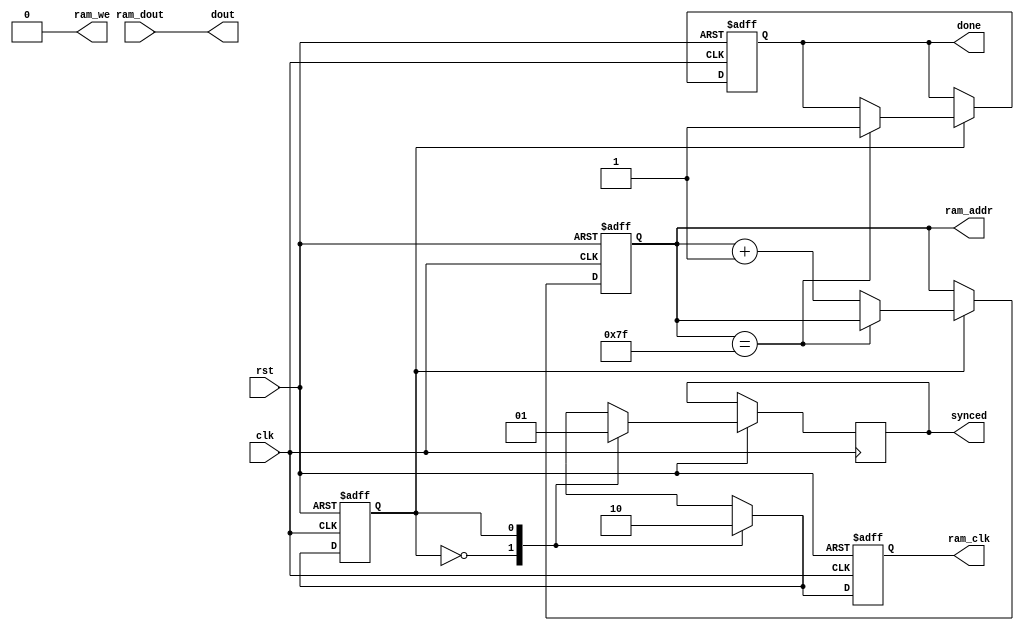
module display(clk, rst, ram_dout, dout, ram_clk, ram_we, ram_addr, done, synced);
	input[7:0] ram_dout;
	output[7:0] dout;
	output reg[7:0] ram_addr;
	output reg ram_clk, ram_we;
	output reg done;
	output reg synced;
	input clk, rst;
	
	assign dout = ram_dout;
	
	parameter max_ram_addr = 8'd127;

	reg state;
	
	initial ram_we = 0;
	
	always @(posedge clk or negedge rst) begin
		if (!rst) begin
			ram_addr <= 0;
			state <= 0;
			ram_clk <= 0;
			done <= 0;
		end
		else begin
			case (state)
			0: begin
				ram_clk <= 1;
				state <= 1;
				synced <= 0;
			end
			1:begin
				ram_clk <= 0;
				synced <= 1;
				if (ram_addr == max_ram_addr)
					done <= 1;
				else
					ram_addr <= ram_addr + 1'b1;
				state <= 0;
			end
			endcase
		end
	end
endmodule